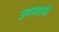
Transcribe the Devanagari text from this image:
उमय्यदकी